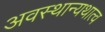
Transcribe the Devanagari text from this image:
अवस्थान्यथात्व